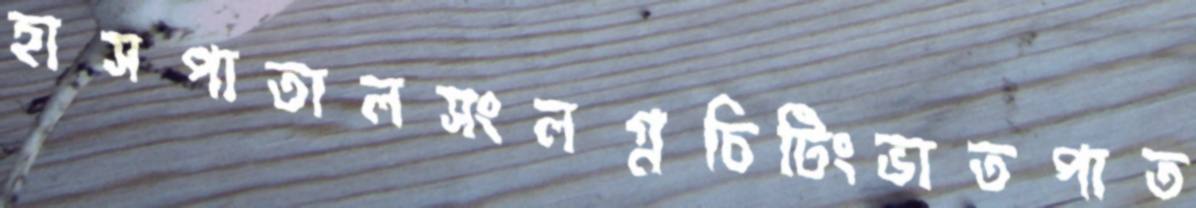
হাসপাতালসংলগ্নচিটিংভাতপাত